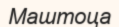
Маштоца